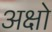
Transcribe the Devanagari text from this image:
अक्षो